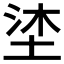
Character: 𭎦